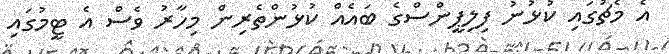
އެ މެޗުގައި ކުޅުނު ފިލިޕީންސްގެ ބައެއް ކުޅުންތެރިން މިހާރު ވެސް އެ ޓީމުގައި